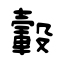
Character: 轂